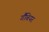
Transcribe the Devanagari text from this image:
गैंबियर